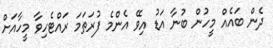
ދެން ބައެއް މީހުން ބުނާ އަޑު އިވޭ އެންމެ ފުރަތަމަ ރައްޓެހިވާ މީހާއަށް